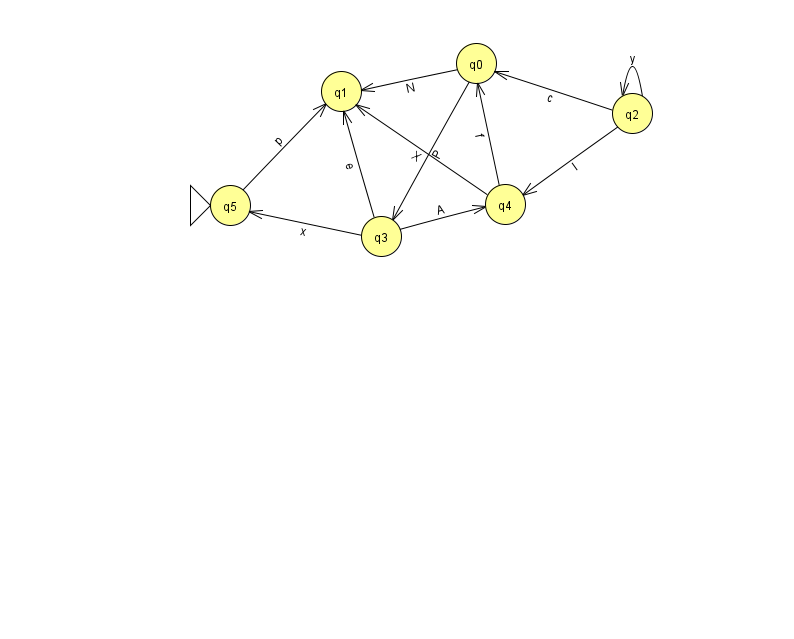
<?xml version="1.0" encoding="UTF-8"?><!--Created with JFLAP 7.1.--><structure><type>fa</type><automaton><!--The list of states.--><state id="0" name="q0"><x>476.0</x><y>50.0</y></state><state id="1" name="q1"><x>341.0</x><y>78.0</y></state><state id="2" name="q2"><x>632.0</x><y>100.0</y></state><state id="3" name="q3"><x>381.0</x><y>223.0</y></state><state id="4" name="q4"><x>505.0</x><y>191.0</y></state><state id="5" name="q5"><x>230.0</x><y>192.0</y><initial/></state><!--The list of transitions.--><transition><from>3</from><to>5</to><read>x</read></transition><transition><from>2</from><to>0</to><read>c</read></transition><transition><from>4</from><to>0</to><read>f</read></transition><transition><from>5</from><to>1</to><read>p</read></transition><transition><from>2</from><to>2</to><read>y</read></transition><transition><from>3</from><to>1</to><read>e</read></transition><transition><from>4</from><to>1</to><read>X</read></transition><transition><from>0</from><to>1</to><read>N</read></transition><transition><from>2</from><to>4</to><read>I</read></transition><transition><from>0</from><to>3</to><read>P</read></transition><transition><from>3</from><to>4</to><read>A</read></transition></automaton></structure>